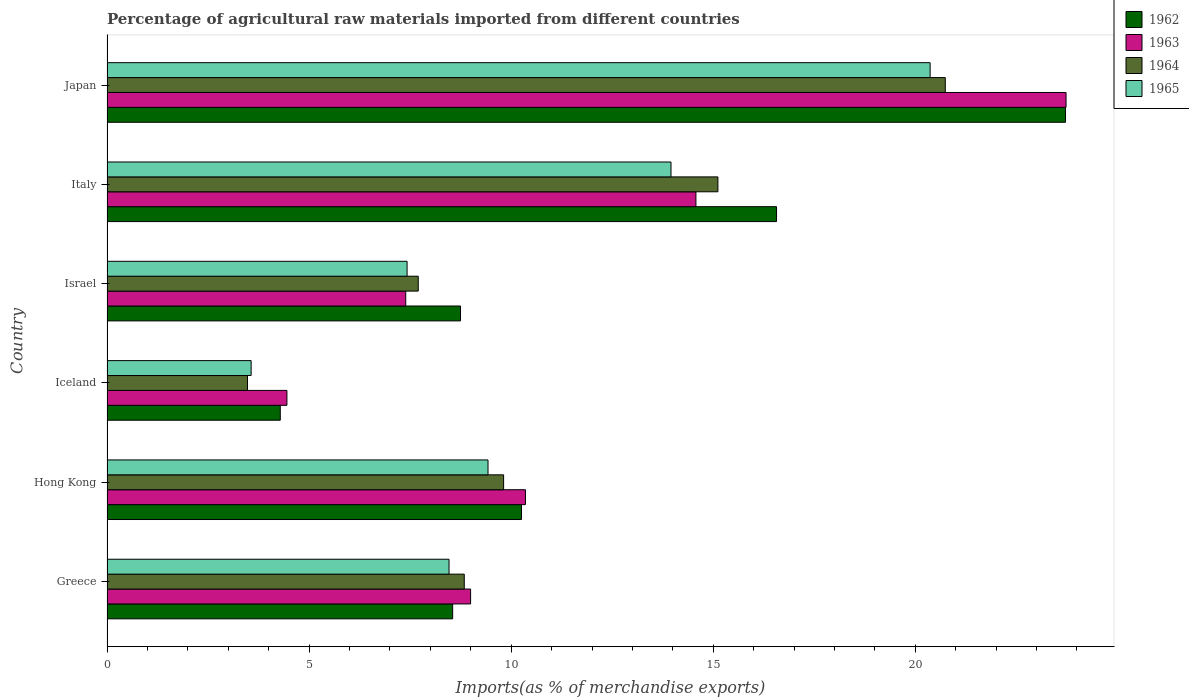
| Country | 1962 | 1963 | 1964 | 1965 |
 | --- | --- | --- | --- | --- |
 | Greece | 8.55 | 9 | 8.84 | 8.46 |
 | Hong Kong | 10.3 | 10.4 | 9.81 | 9.43 |
 | Iceland | 4.29 | 4.45 | 3.48 | 3.57 |
 | Israel | 8.75 | 7.39 | 7.7 | 7.42 |
 | Italy | 16.6 | 14.6 | 15.1 | 14 |
 | Japan | 23.7 | 23.7 | 20.7 | 20.4 |